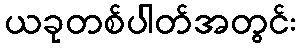
ယခုတစ်ပါတ်အတွင်း